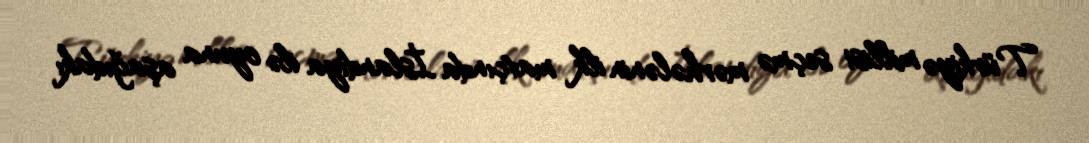
Türkiyə millisi seçmə mərhələnin ilk matçında İslandiya ilə oyuna aşağıdakı